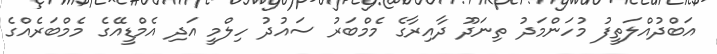
އަބްދުއްލަތީފު މުހަންމަދު ތިނަދޫ ދާއިރާގެ މެމްބަރު ސައުދު ހިލްމީ އަދި އެމްޑީއޭގެ މެމްބަރެއްގެ